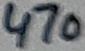
Text: 470